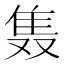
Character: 𲉩